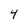
Character: 4